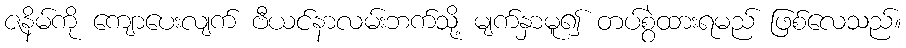
ဇနိမ်ကို ကျောပေးလျက် ဗီယင်နာလမ်းဘက်သို့ မျက်နှာမူ၍ တပ်စွဲထားရမည် ဖြစ်လေသည်။